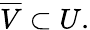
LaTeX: {\overline{{V}}}\subset U.